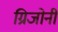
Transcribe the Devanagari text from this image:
ग्रिजोनी